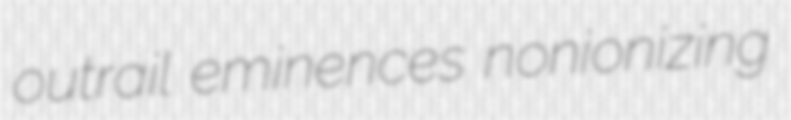
outrail eminences nonionizing